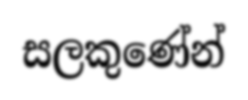
සලකුණේන්